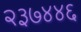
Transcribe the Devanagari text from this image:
२३७४४६